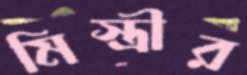
মিস্ত্রীর